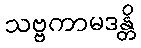
သဗ္ဗကာမဒန္တိ